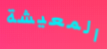
المعيشة